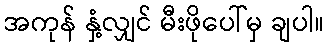
အကုန် နှံ့လျှင် မီးဖိုပေါ်မှ ချပါ။